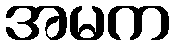
အမက